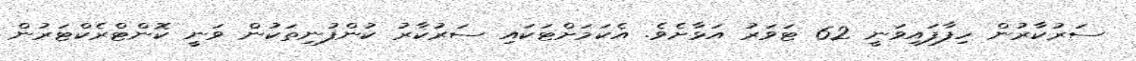
ސަރުކާރުން ހިފާފައިވަނީ 62 ޓަވަރު އަޅާށެވެ. އެކަމަށްޓަކައި ސަރުކާރު ކުންފުނިތަކުން ވަނީ ކޮންޓްރެކްޓަރުން